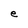
Character: e